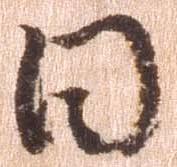
日